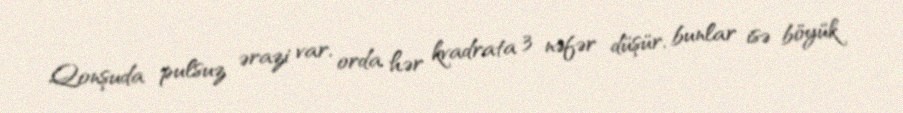
Qonşuda pulsuz ərazi var, orda hər kvadrata 3 nəfər düşür, bunlar isə böyük